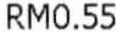
RM0.55